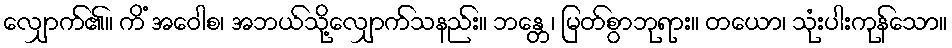
လျှောက်၏။ ကိံ အဝေါစ၊ အဘယ်သို့လျှောက်သနည်း။ ဘန္တေ၊ မြတ်စွာဘုရား။ တယော၊ သုံးပါးကုန်သော။